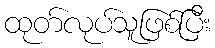
ထုတ်လုပ်သူဖြစ်ပြီး